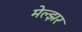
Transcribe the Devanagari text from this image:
मेल्झर